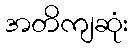
အတိကျဆုံး